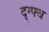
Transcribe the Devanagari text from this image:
द्ग्फ्ध